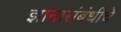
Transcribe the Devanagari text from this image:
ज्ञानासंबंधीचे